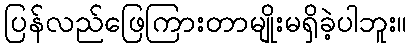
ပြန်လည်ဖြေကြားတာမျိုးမရှိခဲ့ပါဘူး။